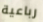
رباعية